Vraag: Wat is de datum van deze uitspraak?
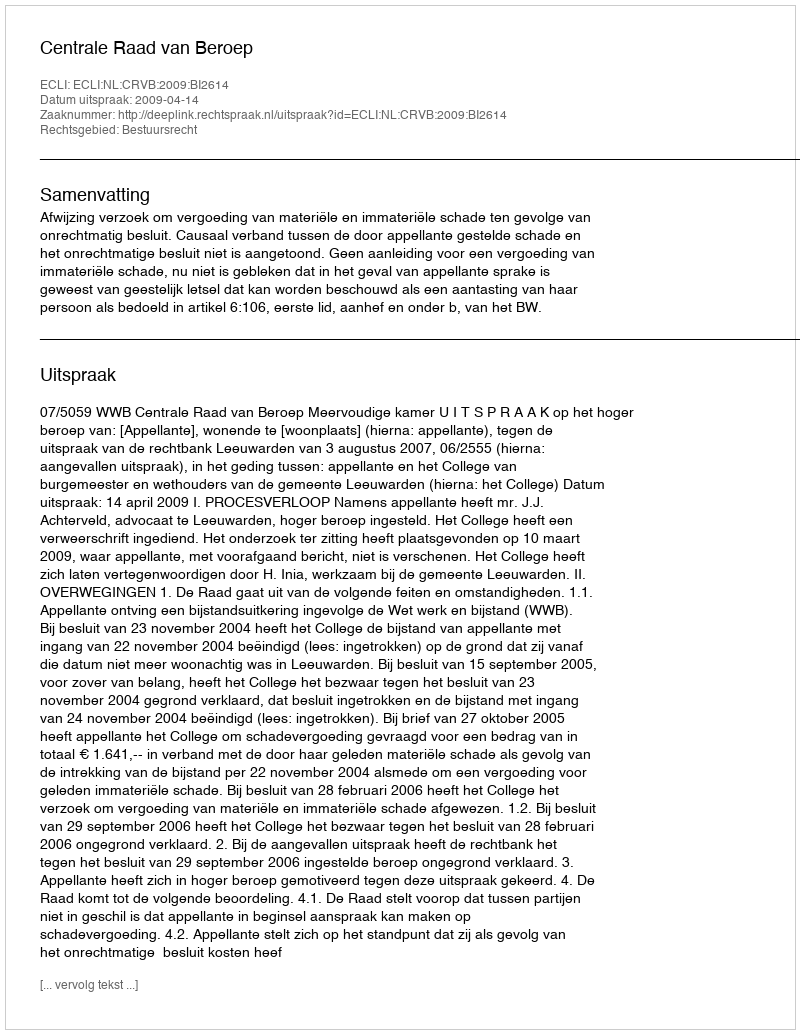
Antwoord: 2009-04-14